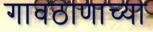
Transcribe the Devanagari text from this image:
गावठाणाच्या